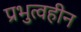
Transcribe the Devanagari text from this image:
प्रभुत्वहीन